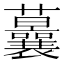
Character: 𱿉